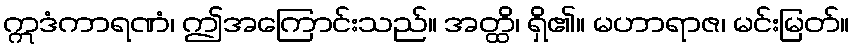
ဣဒံကာရဏံ၊ ဤအကြောင်းသည်။ အတ္ထိ၊ ရှိ၏။ မဟာရာဇ၊ မင်းမြတ်။